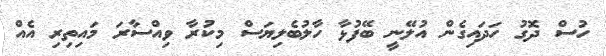
ހުސް ދޮގު ހަދައިގެން އުލޭނީ ބޭފުޅާ ހާލުބެލިޔަސް މިކުރާ ވިއްސާރަ މައިތިރި އެއް